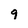
Character: 9